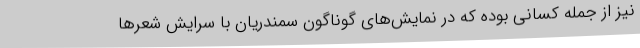
نیز از جمله کسانی بوده که در نمایش‌های گوناگون سمندریان با سرایش شعرها